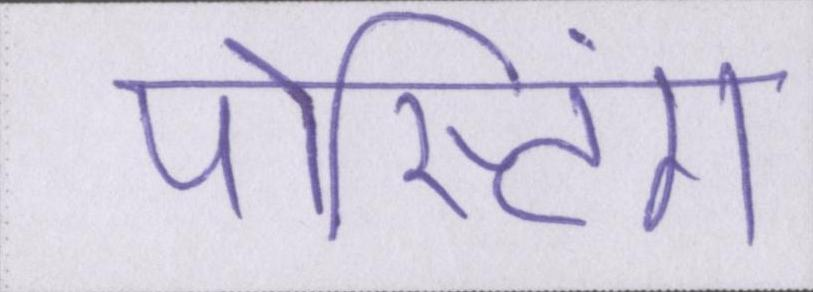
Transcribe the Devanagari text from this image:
पोस्टिंग